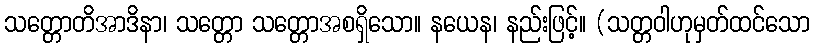
သတ္တောတိအာဒိနာ၊ သတ္တော သတ္တောအစရှိသော။ နယေန၊ နည်းဖြင့်။ (သတ္တဝါဟုမှတ်ထင်သော